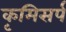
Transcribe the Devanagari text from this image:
कृमिसर्प